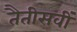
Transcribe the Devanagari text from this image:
तैतीसवीं